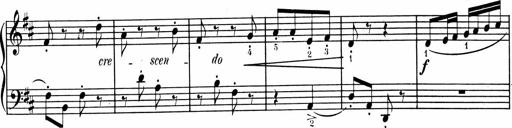
Title: 1Ã¨re Sonatine
Composer: FrÃ©dÃ©ric Binet